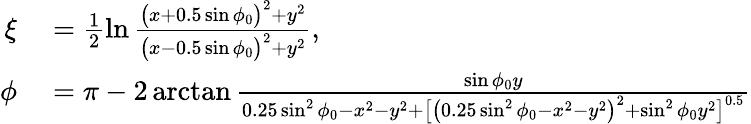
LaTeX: \begin{array}{rl}{\xi}&{{}=\frac{1}{2}\ln\frac{\bigl(x+0.5\sin\phi_{0}\bigr)^{2}+y^{2}}{\bigl(x-0.5\sin\phi_{0}\bigr)^{2}+y^{2}},}\\ {\phi}&{{}=\pi-2\arctan\frac{\sin\phi_{0}y}{0.25\sin^{2}\phi_{0}-x^{2}-y^{2}+\bigl[\bigl(0.25\sin^{2}\phi_{0}-x^{2}-y^{2}\bigr)^{2}+\sin^{2}\phi_{0}y^{2}\bigr]^{0.5}}}\end{array}